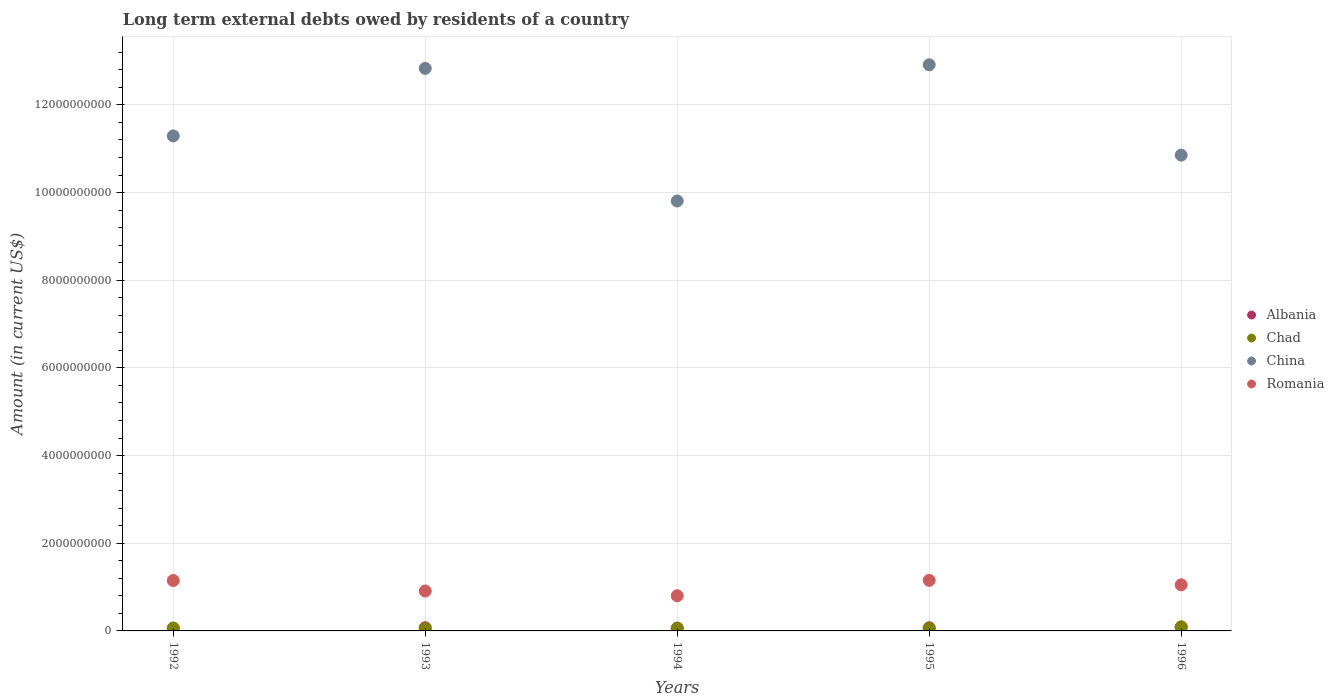
| Years | Albania | Chad | China | Romania |
 | --- | --- | --- | --- | --- |
 | 1992 | 5.26e+07 | 6.69e+07 | 1.13e+10 | 1.15e+09 |
 | 1993 | 7.26e+07 | 5.25e+07 | 1.28e+10 | 9.11e+08 |
 | 1994 | 6.34e+07 | 6.35e+07 | 9.81e+09 | 8.02e+08 |
 | 1995 | 7.18e+07 | 5.74e+07 | 1.29e+10 | 1.15e+09 |
 | 1996 | 8.32e+07 | 9.39e+07 | 1.09e+10 | 1.05e+09 |